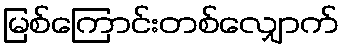
မြစ်ကြောင်းတစ်လျှောက်